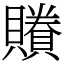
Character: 䞉